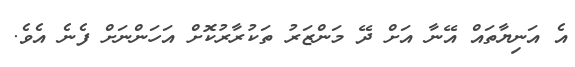
އެ އަނިޔާތައް އޭނާ އަށް ދޭ މަންޒަރު ތަކުރާރުކޮށް އަހަންނަށް ފެނެ އެވެ.